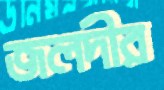
জলদীর